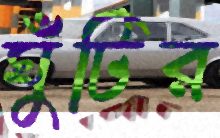
ঘুঁটির